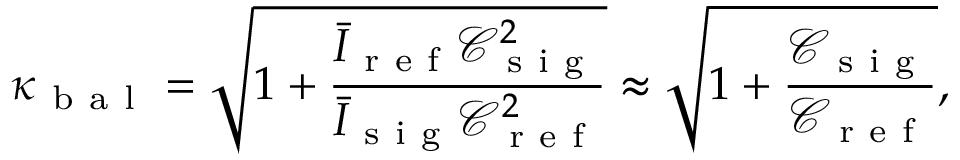
\kappa _ { \mathrm { ~ b ~ a ~ l ~ } } = \sqrt { 1 + \frac { \bar { I } _ { \mathrm { ~ r ~ e ~ f ~ } } \mathcal { C } _ { \mathrm { ~ s ~ i ~ g ~ } } ^ { 2 } } { \bar { I } _ { \mathrm { ~ s ~ i ~ g ~ } } \mathcal { C } _ { \mathrm { ~ r ~ e ~ f ~ } } ^ { 2 } } } \approx \sqrt { 1 + \frac { \mathcal { C } _ { \mathrm { ~ s ~ i ~ g ~ } } } { \mathcal { C } _ { \mathrm { ~ r ~ e ~ f ~ } } } } ,